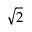
\sqrt 2